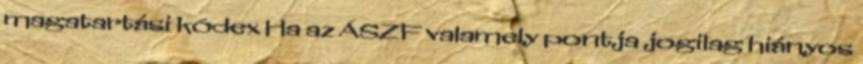
magatartási kódex Ha az ÁSZF valamely pontja jogilag hiányos